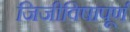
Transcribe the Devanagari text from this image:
जिजीविषापूर्ण